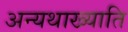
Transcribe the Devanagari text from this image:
अन्यथाख्याति